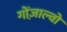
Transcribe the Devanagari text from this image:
गोंज़ाल्वो